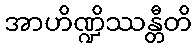
အာဟိဏ္ဍိဿန္တီတိ